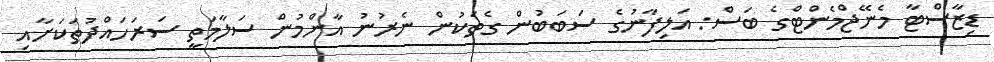
ޑިޒާސްޓާ މެނޭޖްމެންޓްގެ ބަސް: އަލިފާނުގެ ސަބަބުން ގެތަކުން ނެރުނު އާންމުން ސަލާމަތީ ސަރަހައްދުތަކަަށާއި